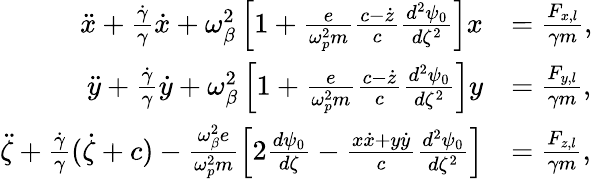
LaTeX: \begin{array}{rl}{\ddot{x}+\frac{\dot{\gamma}}{\gamma}\dot{x}+\omega_{\beta}^{2}\left[1+\frac{e}{\omega_{p}^{2}m}\frac{c-\dot{z}}{c}\frac{d^{2}\psi_{0}}{d\zeta^{2}}\right]x}&{=\frac{F_{x,l}}{\gamma m},}\\ {\ddot{y}+\frac{\dot{\gamma}}{\gamma}\dot{y}+\omega_{\beta}^{2}\left[1+\frac{e}{\omega_{p}^{2}m}\frac{c-\dot{z}}{c}\frac{d^{2}\psi_{0}}{d\zeta^{2}}\right]y}&{=\frac{F_{y,l}}{\gamma m},}\\ {\ddot{\zeta}+\frac{\dot{\gamma}}{\gamma}(\dot{\zeta}+c)-\frac{\omega_{\beta}^{2}e}{\omega_{p}^{2}m}\left[2\frac{d\psi_{0}}{d\zeta}-\frac{x\dot{x}+y\dot{y}}{c}\frac{d^{2}\psi_{0}}{d\zeta^{2}}\right]}&{=\frac{F_{z,l}}{\gamma m},}\end{array}